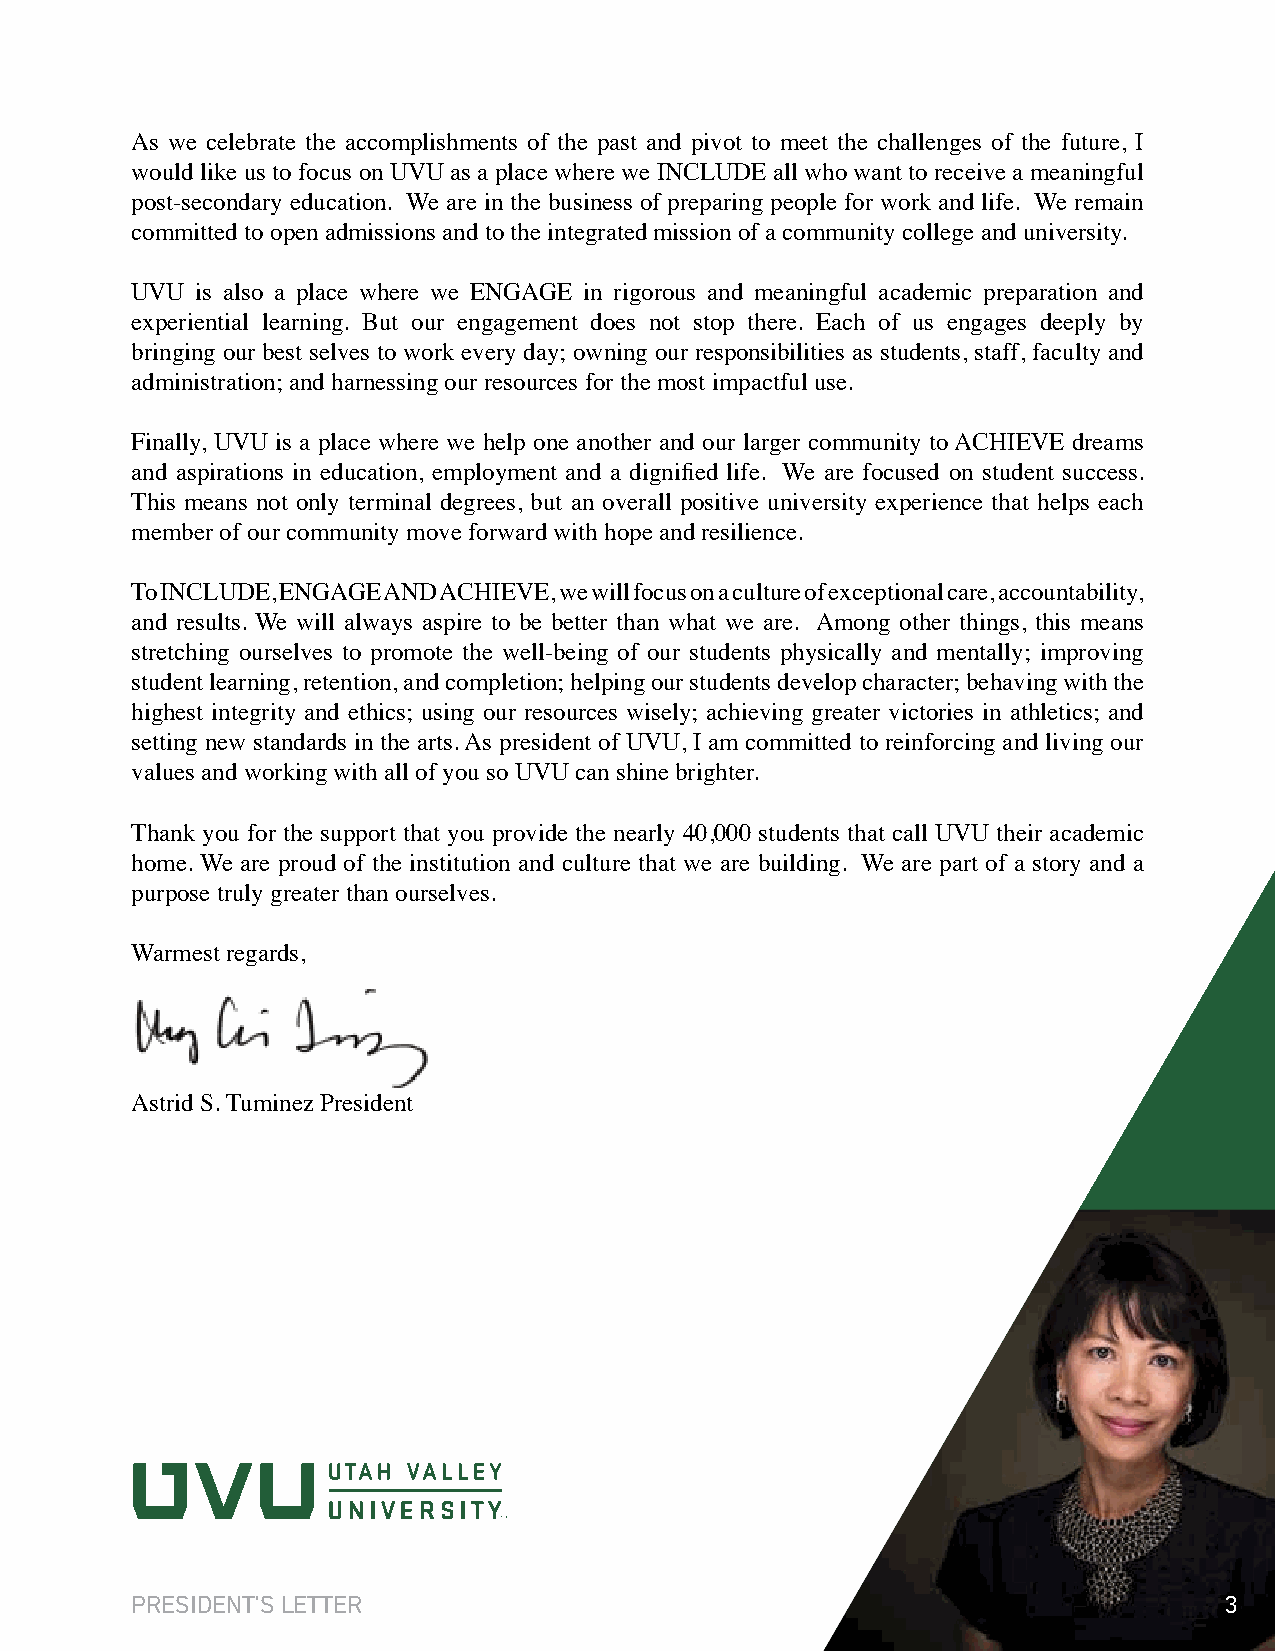
As we celebrate the accomplishments of the past and pivot to meet the challenges of the future, I
 would like us to focus on UVU as a place where we INCLUDE all who want to receive a meaningful
 post-secondary education. We are in the business of preparing people for work and life. We remain
 committed to open admissions and to the integrated mission of a community college and university.
 UVU is also a place where we ENGAGE in rigorous and meaningful academic preparation and
 experiential learning. But our engagement does not stop there. Each of us engages deeply by
 bringing our best selves to work every day; owning our responsibilities as students, staff, faculty and
 administration; and harnessing our resources for the most impactful use.
 Finally, UVU is a place where we help one another and our larger community to ACHIEVE dreams
 and aspirations in education, employment and a dignified life. We are focused on student success.
 This means not only terminal degrees, but an overall positive university experience that helps each
 member of our community move forward with hope and resilience.
 To INCLUDE, ENGAGE AND ACHIEVE, we will focus on a culture of exceptional care, accountability,
 and results. We will always aspire to be better than what we are. Among other things, this means
 stretching ourselves to promote the well-being of our students physically and mentally; improving
 student learning, retention, and completion; helping our students develop character; behaving with the
 highest integrity and ethics; using our resources wisely; achieving greater victories in athletics; and
 setting new standards in the arts. As president of UVU, I am committed to reinforcing and living our
 values and working with all of you so UVU can shine brighter.
 Thank you for the support that you provide the nearly 40,000 students that call UVU their academic
 home. We are proud of the institution and culture that we are building. We are part of a story and a
 purpose truly greater than ourselves.
 Warmest regards,
 Astrid S. Tuminez President
 PRESIdENT'S LETTER                                                      3